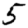
Digit: 5